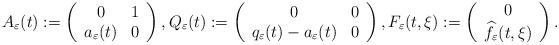
LaTeX: \begin{align*}A_{\varepsilon}(t):=\left(\begin{array}{cc} 0 & 1\\ a_{\varepsilon}(t) & 0\end{array}\right), Q_{\varepsilon}(t):=\left(\begin{array}{cc} 0 &0\\q_{\varepsilon}(t)-a_{\varepsilon}(t) & 0 \end{array}\right), F_{\varepsilon}(t,\xi):=\left(\begin{array}{c}0 \\\widehat{f}_{\varepsilon}(t,\xi)\end{array}\right).\end{align*}